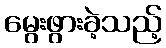
မွေးဖွားခဲ့သည့်